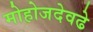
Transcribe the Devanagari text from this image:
मोहोजदेवढे